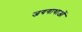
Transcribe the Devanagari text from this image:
जयगाथाओं